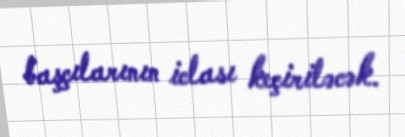
başçılarının iclası keçiriləcək.